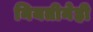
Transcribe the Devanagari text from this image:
नियतीनेही